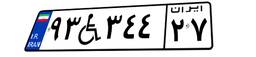
۹۳W۳۴۴۲۷